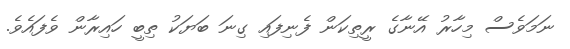
ނަމަވެސް މިހާރު އޭނާގެ ރީތިކަން ފެނިފައި ގިނަ ބަޔަކު ތިބީ ހައިރާން ވެފައެވެ.